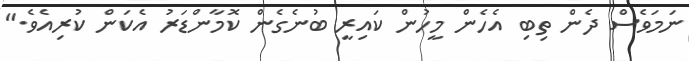
ނަމަވެސް ދެން ތިބި އެހެން މީހުން ކައިރީ ބުނެގެން ކޮމާންޑަރު އެކަން ކުރިއެވެ."